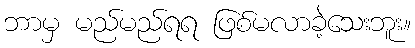
ဘာမှ မည်မည်ရရ ဖြစ်မလာခဲ့သေးဘူး။